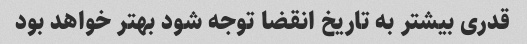
قدری بیشتر به تاریخ انقضا توجه شود بهتر خواهد بود